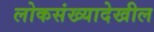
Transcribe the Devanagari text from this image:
लोकसंख्यादेखील